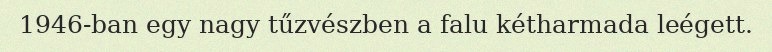
1946-ban egy nagy tűzvészben a falu kétharmada leégett.